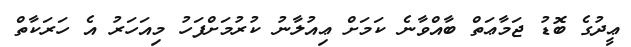
ޢީދުގެ ބޮޑު ޖަމާޢަތް ބާއްވާނެ ކަަމަށް ޢިއުލާނު ކުރުމަށްފަހު މިއަހަރު އެ ހަރަކާތް